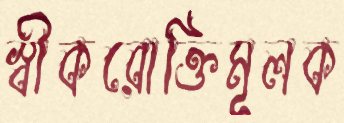
স্বীকরোক্তিমূলক